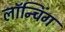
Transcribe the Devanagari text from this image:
लाॅन्चिंग